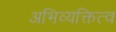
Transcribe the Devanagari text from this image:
अभिव्यक्तित्व